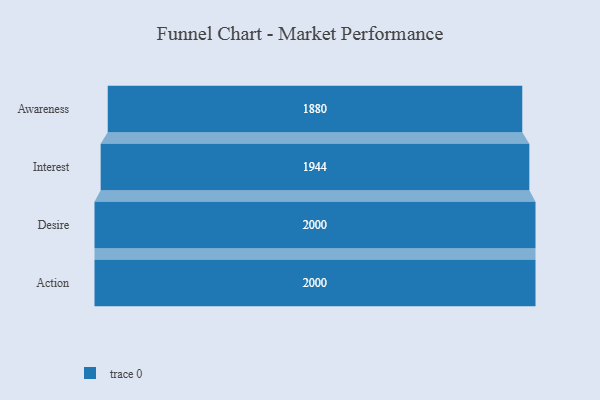
{"axis": {"x": "Stage", "y": "Value"}, "legend": [""], "data": [{"x": "Awareness", "y": 1880.0, "type": ""}, {"x": "Interest", "y": 1944.0, "type": ""}, {"x": "Desire", "y": 2000, "type": ""}, {"x": "Action", "y": 2000, "type": ""}]}